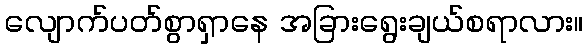
လျောက်ပတ်စွာရှာနေ အခြားရွေးချယ်စရာလား။